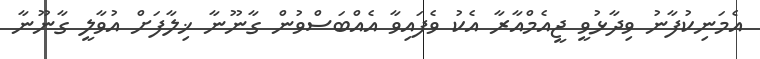
އެމަނިކުފާނު ވިދާޅުވީ ޖީއެމްއާރާ އެކު ވެފައިވާ އެއްބަސްވުން ގާނޫނާ ޚިލާފަށް އުވާލީ ގާނޫނާ